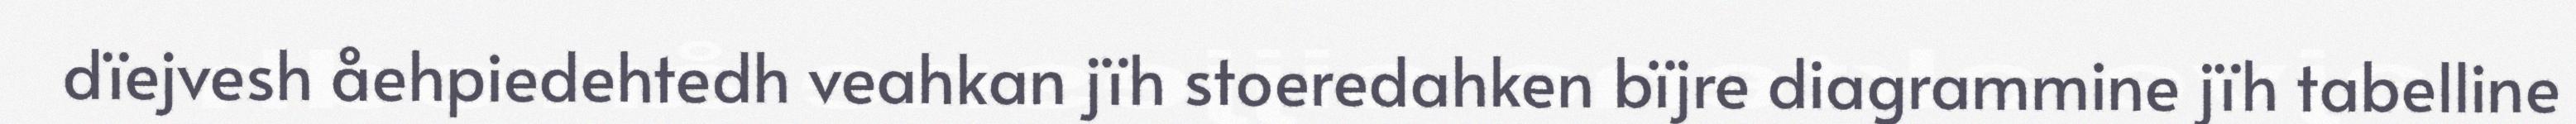
dïejvesh åehpiedehtedh veahkan jïh stoeredahken bïjre diagrammine jïh tabelline